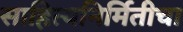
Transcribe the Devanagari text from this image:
साहित्यनिर्मितीचा